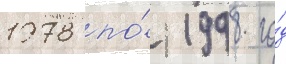
1978 по́ 1998 го́д